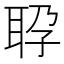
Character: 𬚕